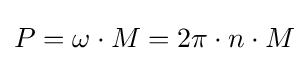
P=\omega \cdot M=2\pi \cdot n\cdot M